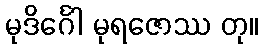
မုဒိင်္ဂေါ မုရဇောဿ တု။